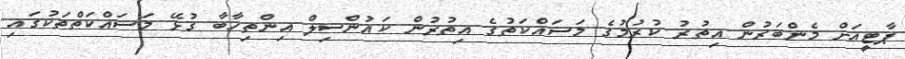
ޕާޓީއަށް މެންބަރުން އިތުރު ކުރުމުގެ މަސައްކަތުގެ އިތުރުން ކައުންސިލް އިންތިހާބާ ގުޅޭ މަސައްކަތްތަކުގައި